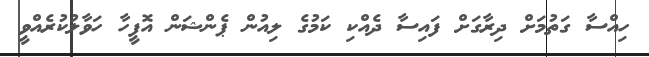
ހިއްސާ ގަތުމަށް ދިރާގަށް ފައިސާ ދެއްކި ކަމުގެ ލިއުން ޕެންޝަން އޮފީހާ ހަވާލުކުރެއްވީ